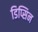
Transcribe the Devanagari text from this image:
डिप्सिन